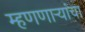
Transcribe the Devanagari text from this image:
म्हणणाऱ्यांचा